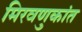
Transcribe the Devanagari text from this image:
मिरवणुकांत